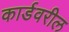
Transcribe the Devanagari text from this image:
कार्डवरील